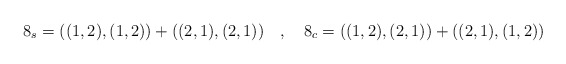
\begin{align*}8_s = ((1,2), (1,2)) + ((2,1), (2,1))~~~,~~~8_c = ((1,2),(2,1)) +((2,1),(1,2))\end{align*}